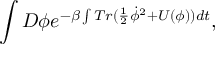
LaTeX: \int { \cal D } \phi e ^ { - \beta \int T r ( \frac { 1 } { 2 } \dot { \phi } ^ { 2 } + U ( \phi ) ) d t } ,